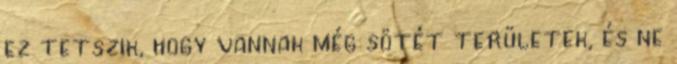
ez tetszik, hogy vannak még sötét területek, és ne